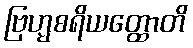
ဗြဟ္မစရိယတ္ထောတိ